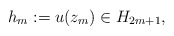
\begin{align*} h_{m} := u(z_{m}) \in H_{2m+1},\end{align*}